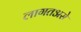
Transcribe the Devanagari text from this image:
लागतअसे